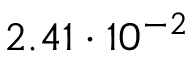
2 . 4 1 \cdot 1 0 ^ { - 2 }